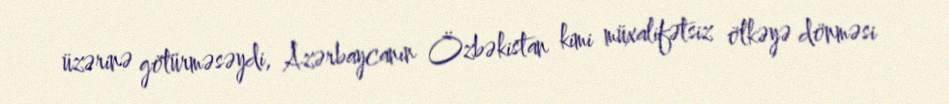
üzərinə götürməsəydi, Azərbaycanın Özbəkistan kimi müxalifətsiz ölkəyə dönməsi